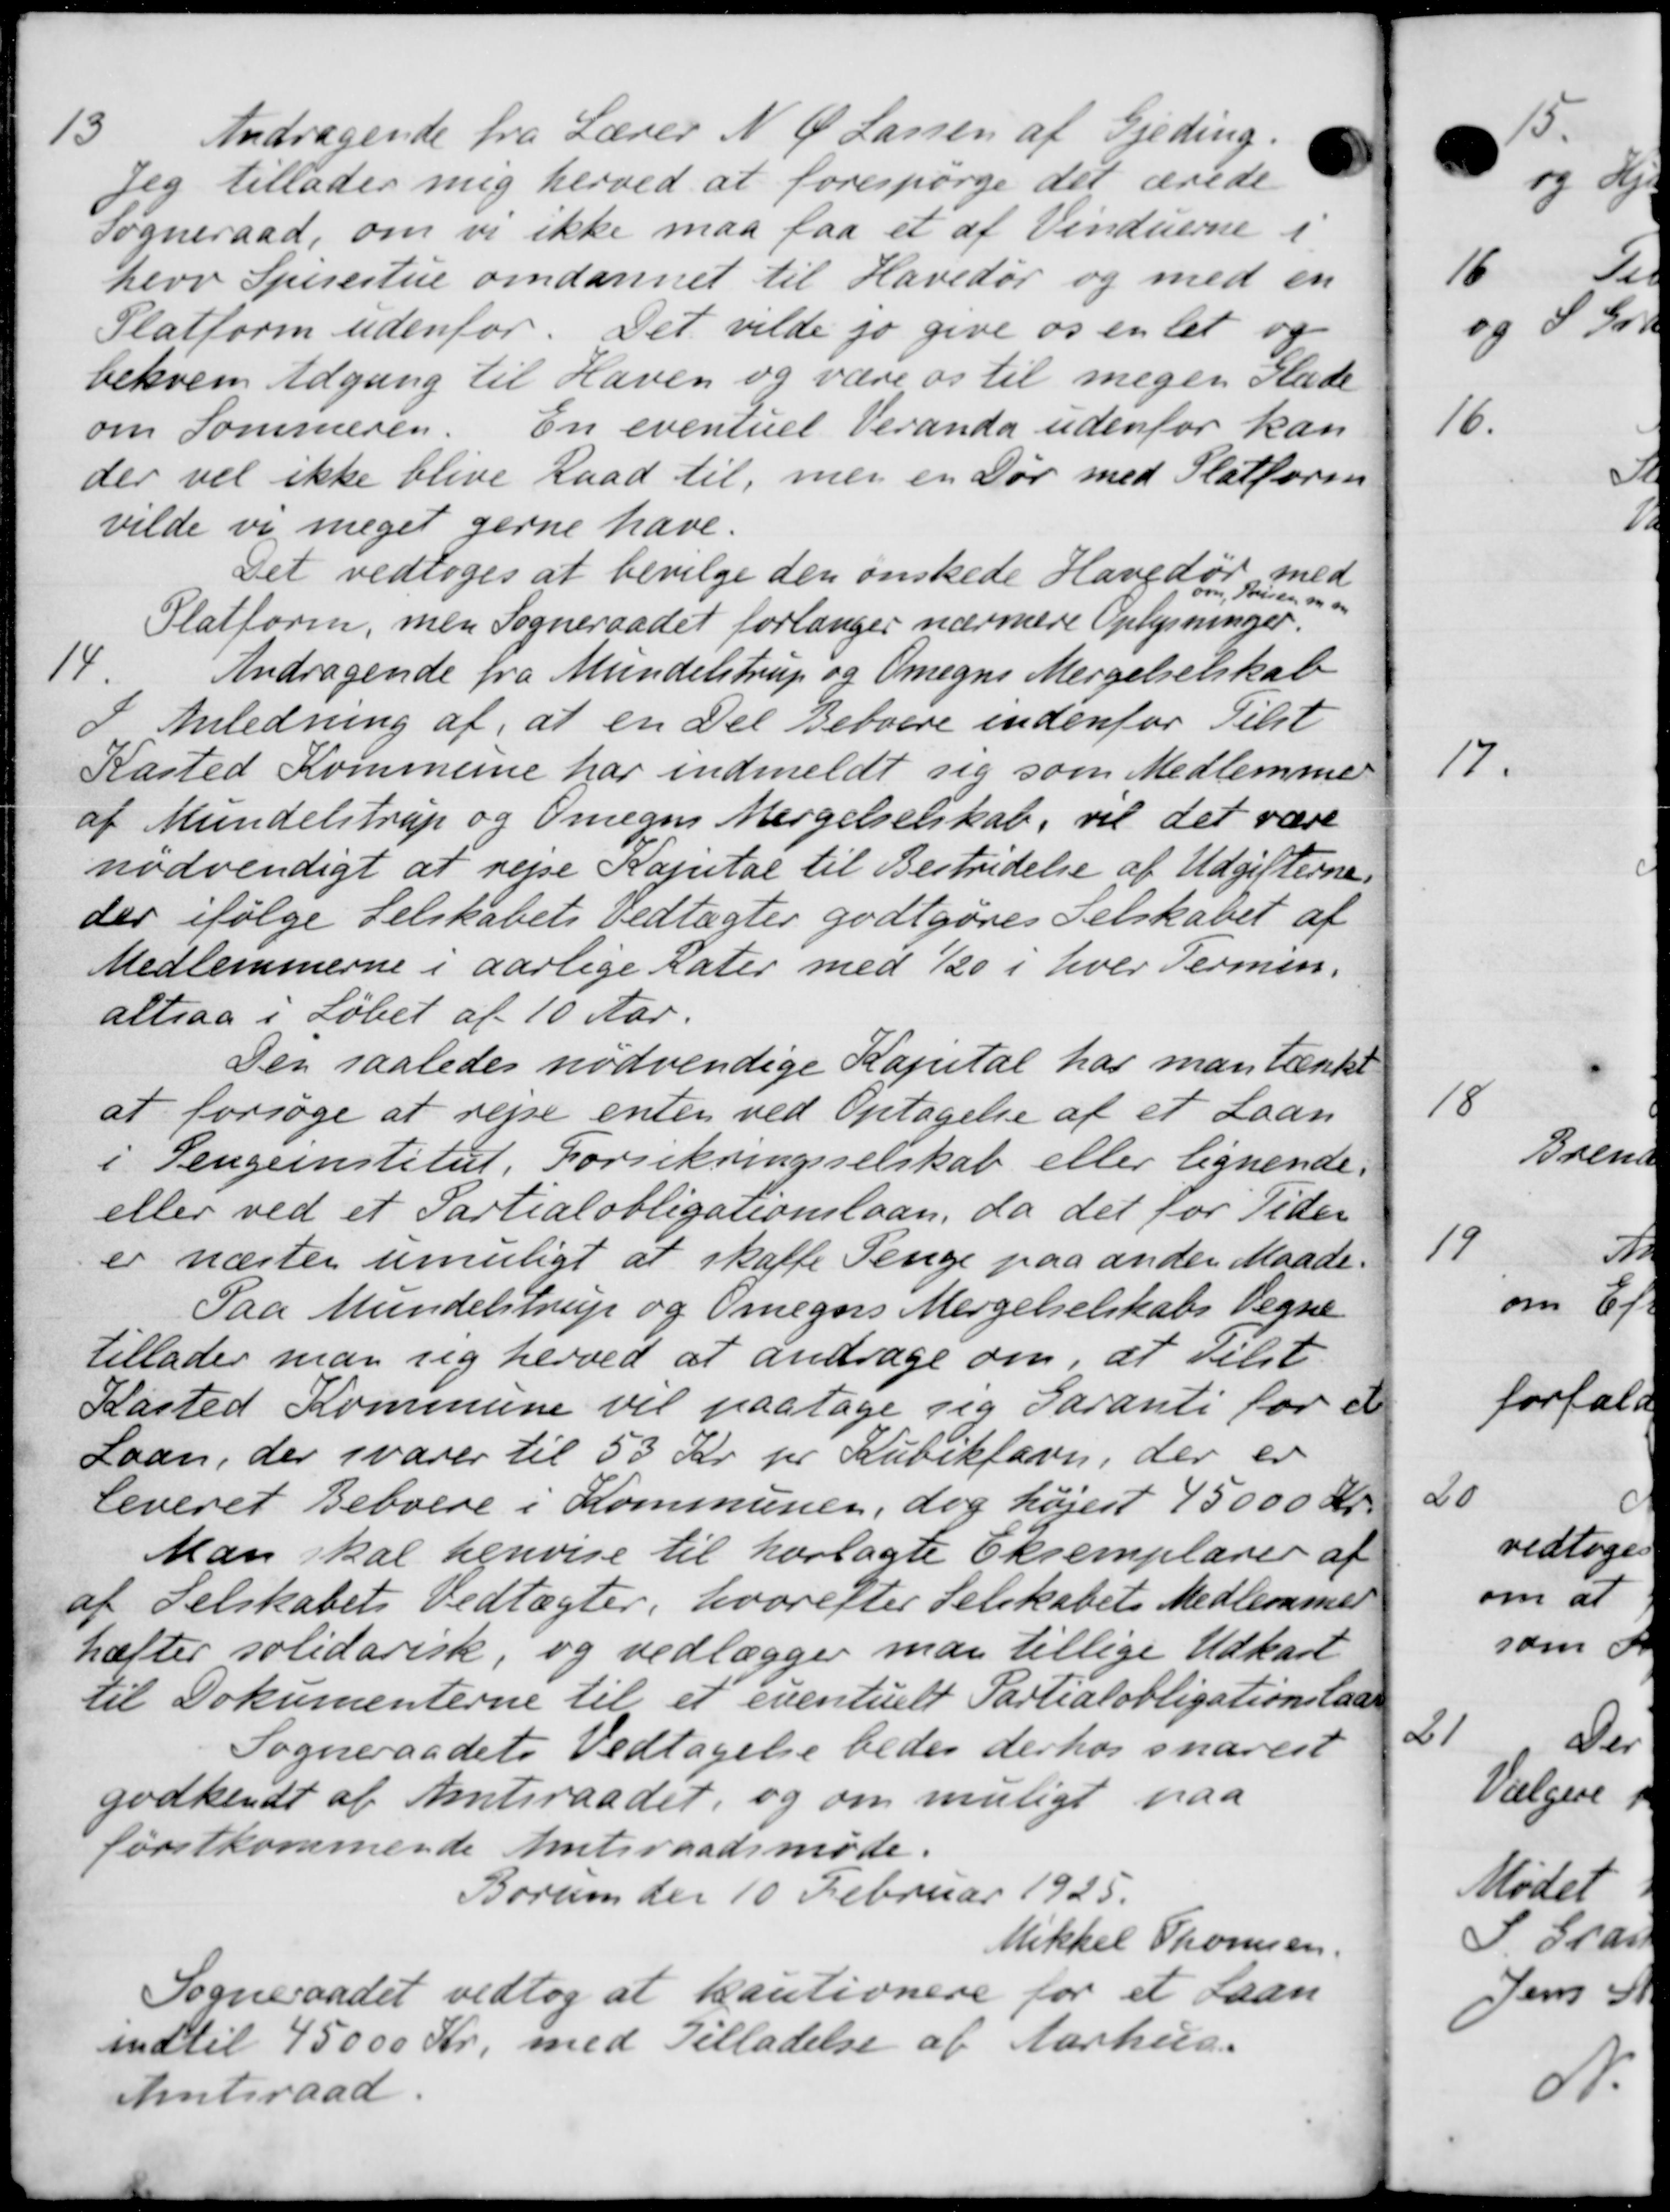
Transskription:
13
Andragende fra Lærer N. Ø. Larsen af Gjeding.
Jeg tillader mig herved at forespørge det ærede
Sogneraad, om vi ikke maa faa et af Vinduerne i
herv Spisestue omdannet til Havedør og med en
Platforen udenfor. Det vilde jo give os en let og
behvem Udgang til Haven og være os til megen Glæde
om Sommeren. En eventuel Veranda udenfor kan
der vil ikke blive Raad til, men en Dør med Slatforen
vilde vi meget gerne have.
Det vedtoges at bevilge den ønskede Havedør med
oon Prisen og og
Slatforen, men Sogneraadet forlanger nærmere Oplysninger.
14.
Andragende fra Mundelstrup og Omegns Mergelselskab
Anledning af, at en Del Beboere indenfor Tilst
Kasted Kommune har indmeldt sig som Medlemmer
af Mundelstrup og Omegns Mergelselskab, vil det være
nødvendigt at rejse Kapital til Bestridelse af Udgifterne.
der ifølge Selskabets vedtægter godtgøres Selskabet af
Medlemmerne i aarlige Rater med 1/20 i hver Termin.
altsaa i Løbet af 10 Aar.
Den saaledes nødvendige Kapital har man tænkt
at forsøge at rejse enten ved Optagelse af et Laan
i Pengeinstitut. Forsikringsselskab eller lignende.
eller ved et Partialobligationslaan, da det for Tiden
er næster umuligt at skaffe Penge paa anden Maade.
Paa Mundelstrup og Omegns Mergelselskabs Vegne
tillader man sig herved at andrage om, at vilst.
Kasted Kommune vil paatage sig Garanti for et
Laan, der svarer til 53 Kr pr Kubikfavn, der er
leveret Beboere i Kommunen, dog højest 45000 Kr.
Man skal henvise til horlagte Eksemplarer af
af Selskabets Vedtægter, hvorefter Selskabets Medlemmer
hæfter solidarisk, og vedlægger man tillige Udkast
til Dokumenterne til et eventuelt Partialobligationslaan
Sogneraadets Vedtagelse bedes derhos snarest
godkendt af Amtsraadet, og om muligt paa
førstkommende Amtsraadsmøde.
Borum der 10 Februar 1925.
Mikkel Thomsen.
Sogneraadet vedtog at kautionere for et Laan
indtil 45000 Kr. med Tilladelse af Aarhus.
Amtsraad